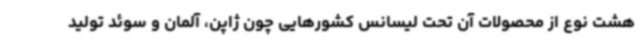
هشت نوع از محصولات آن تحت لیسانس کشورهایی چون ژاپن، آلمان و سوئد تولید